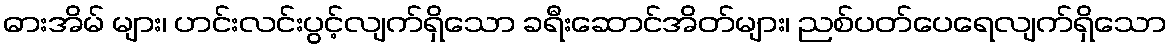
ဓားအိမ် များ၊ ဟင်းလင်းပွင့်လျက်ရှိသော ခရီးဆောင်အိတ်များ၊ ညစ်ပတ်ပေရေလျက်ရှိသော